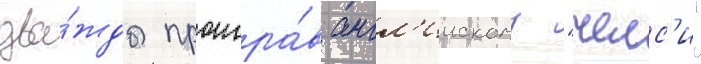
два́жды проигра́в англ'иискому "челс'и"